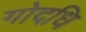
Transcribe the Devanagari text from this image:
गोदधि